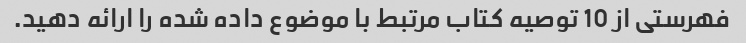
فهرستی از 10 توصیه کتاب مرتبط با موضوع داده شده را ارائه دهید.